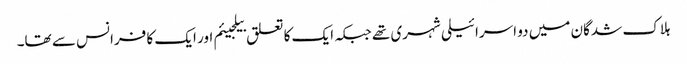
ہلاک شدگان میں دو اسرائیلی شہری تھے جبکہ ایک کا تعلق بیلجیئم اور ایک کا فرانس سے تھا۔